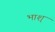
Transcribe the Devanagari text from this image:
भाश्